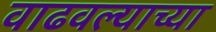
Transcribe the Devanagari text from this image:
वाढवल्याच्या